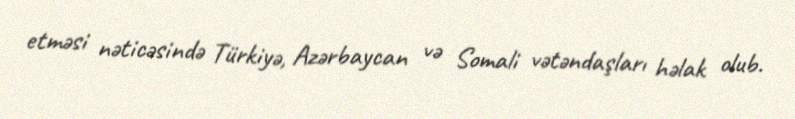
etməsi nəticəsində Türkiyə, Azərbaycan və Somali vətəndaşları həlak olub.